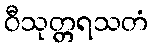
ဝီသုတ္တရသတံ